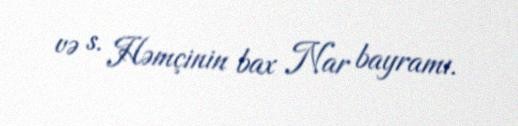
və s. Həmçinin bax Nar bayramı.